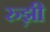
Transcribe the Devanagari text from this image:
रुझ़ी